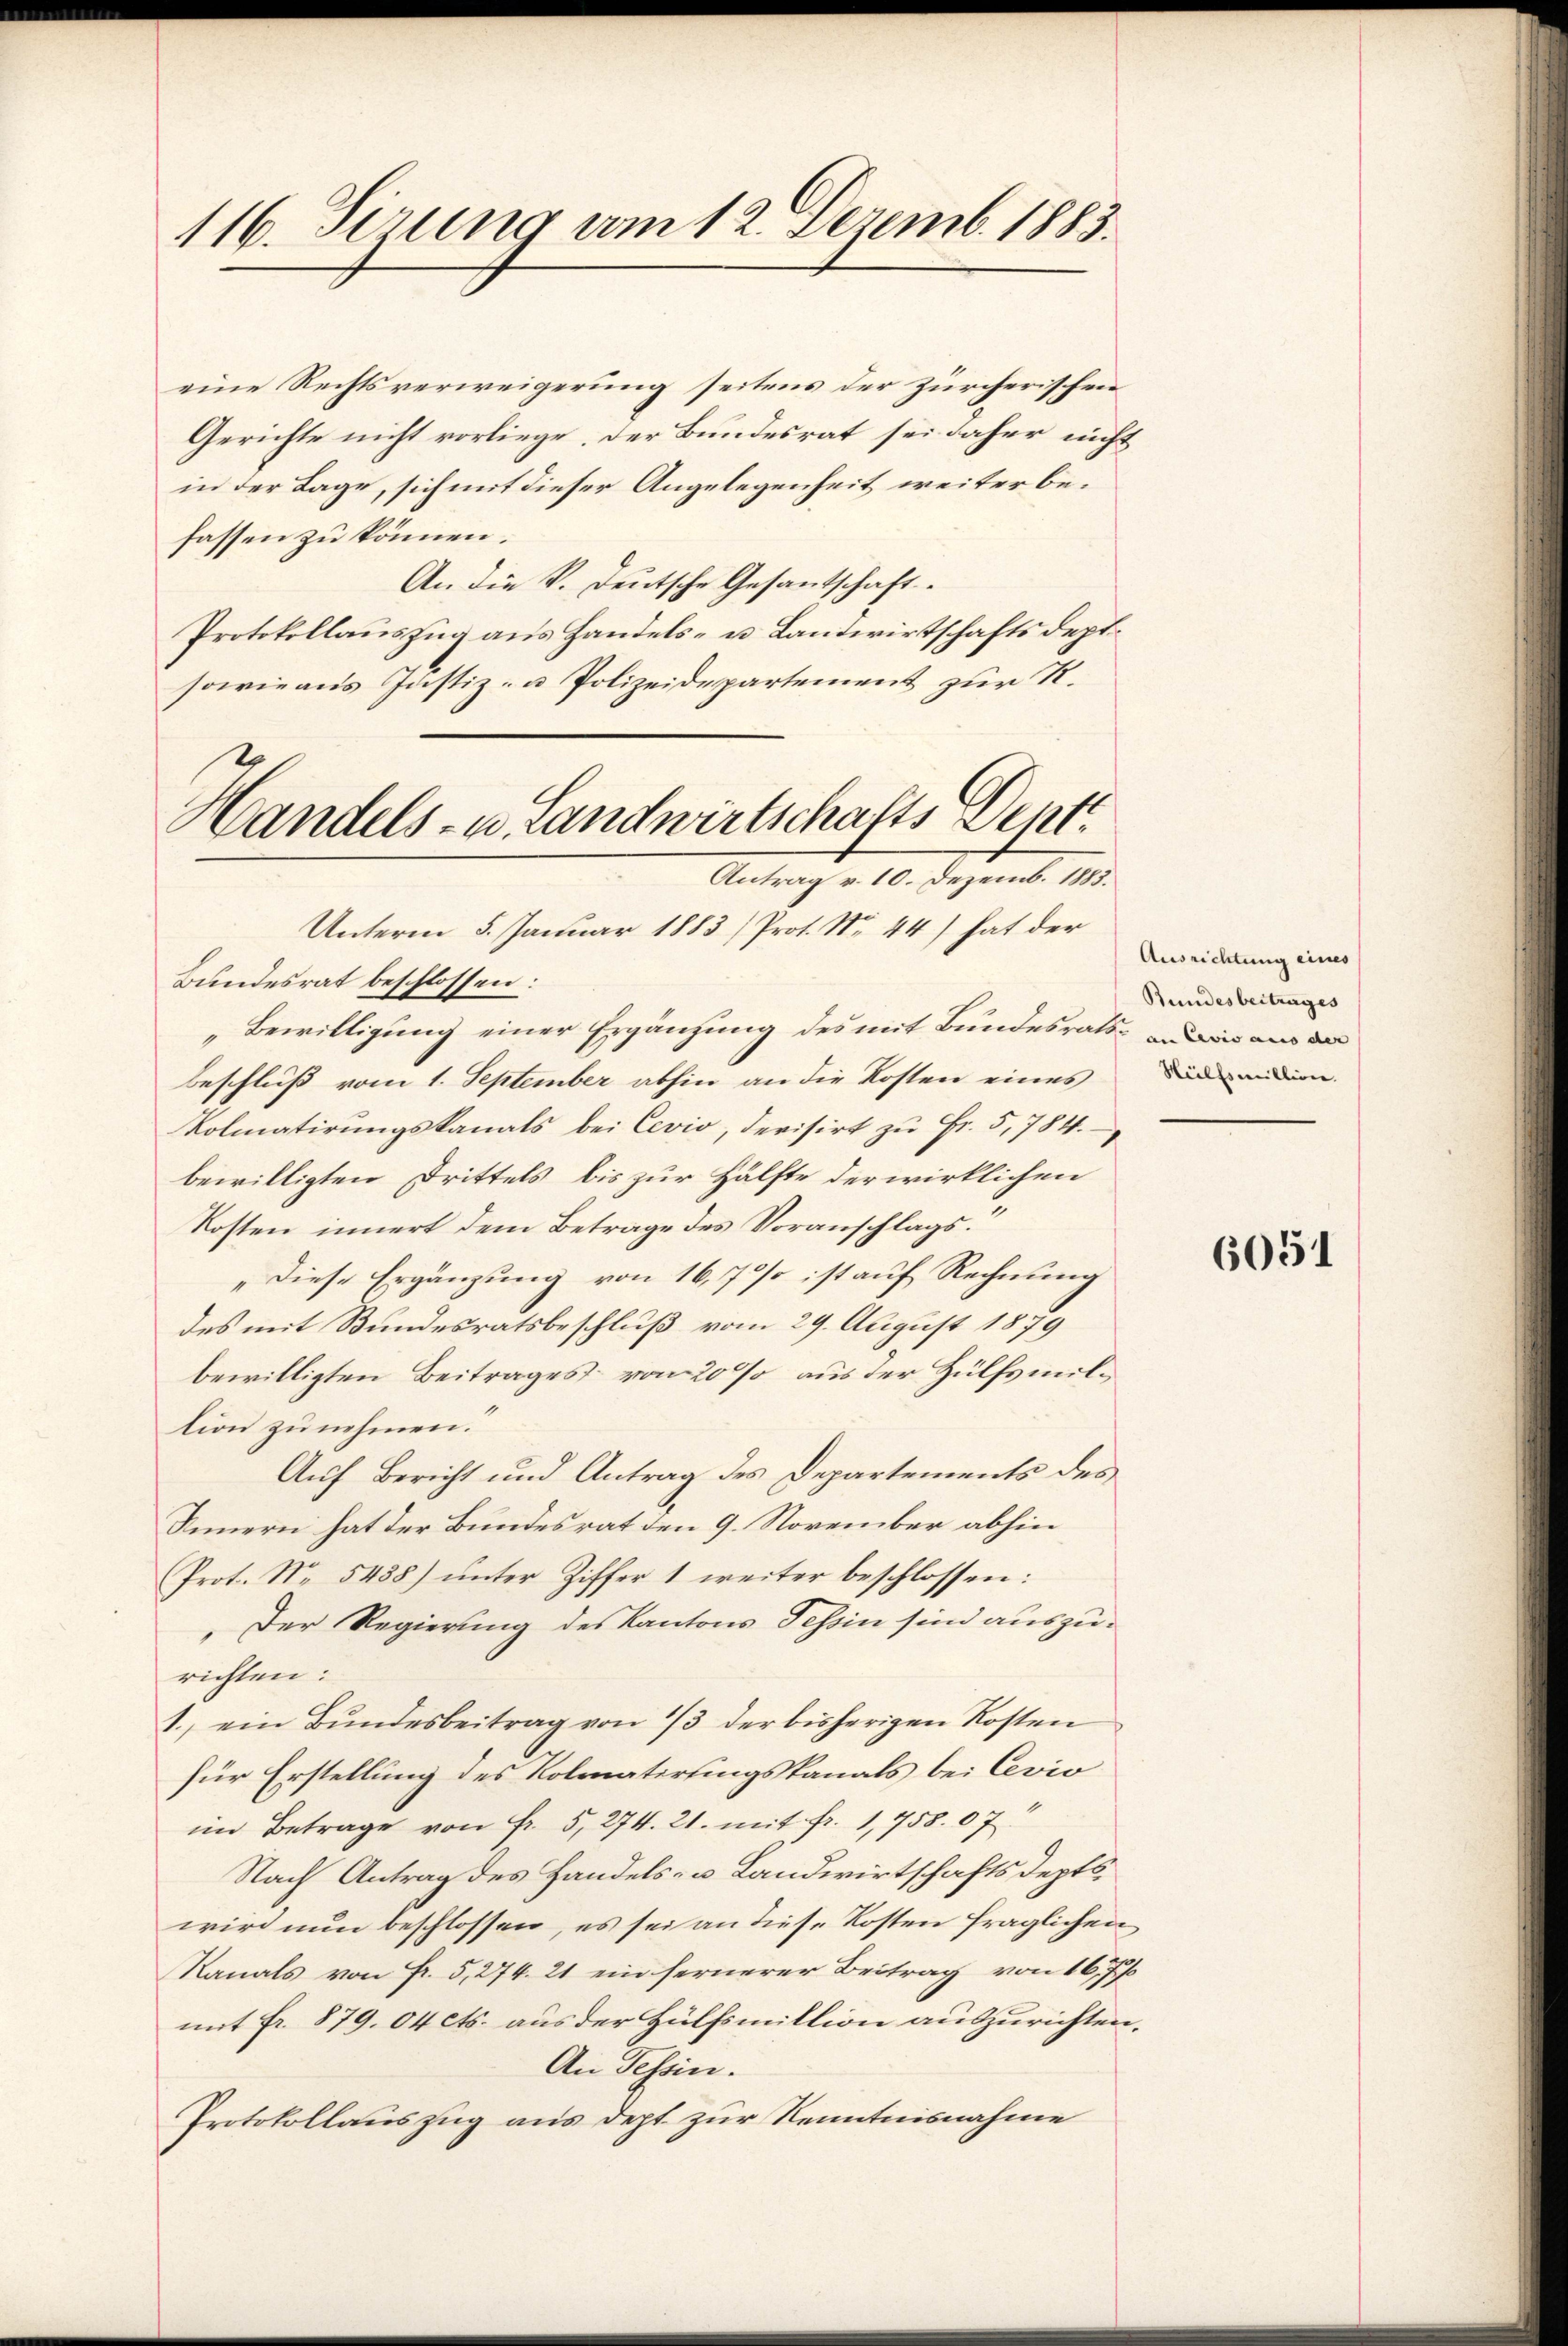
116. Ferung am 12. Dezemb. 1883.

eine Rechtsverweigerung seitens der zürcherischen
Gerichte nicht vorliege. Der Bundesrat sei daher nicht
in der Lage, sich mit dieser Angelegenheit weiter befassen zu können.
An die k. Deutsche Gesantschaft.
Protokollauszug aus Handels- u. Landwirtschaftsdept¬
sowie aus Justiz- u Polizeidepartement zur R.
Unterm 5. Januar 1883 (Prot. No. 44) hat der
Bundesrat beschlossen:
Bewilligung einer Ergänzung des mit Bundesrats in aus de
Beschluß vom 1. September abhin an die Kosten eines
Kolmatirungskanals bei Cevio, devisirt zu Fr. 5, 784.
bewilligten Drittels bis zur Hälfte der wirklichen
Kosten innert dem Betrage des Voranschlags¬
„Diese Ergänzung von 16,7% ist auf Rechnung
des mit Bundesratsbeschluß vom 29. August 1879
bewilligten Beitrages von 20% aus der Hülfsmillion zu nehmen.
Auf Bericht und Antrag des Departements des
Innern hat der Bundesrat den 9. November abhin
Prot. No 5438) unter Ziffer 1 weiter beschlossen:
Der Regierung des Kantons Tessin sind auszurichten:
1. ein Bundesbeitrag von 1/3 der bisherigen Kosten
für Erstellung des Volmatirtingskanals bei Cevio
im Betrage von Fr. 5, 274. 21. mit fr. 1,758. 07
Nach Antrag des Handels- u. Landwirtschaftsdepts
wird nun beschlossen, es sei an diese Kosten fraglichen
Kanals von Fr. 5,274. 21 ein fernerer Beitrag von 167/
mit Fr. 879. 04 cts. aus der Hülfsmillion auszurichten.
An Tessin.
Protokollauszug aus dept zur Kenntnisnahme

Handels- u. Landwirtschafts Dept.
Antrag v. 10. Dezemb. 1883.

Ausrichtung eines
Bundesbeitrages
Hülfsmillion.

6051